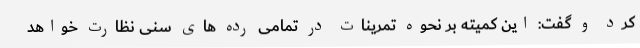
کرد و گفت: این کمیته بر نحوه تمرینات در تمامی رده های سنی نظارت خواهد